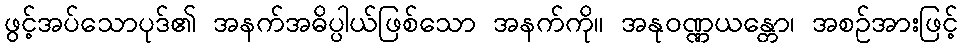
ဖွင့်အပ်သောပုဒ်၏ အနက်အဓိပ္ပါယ်ဖြစ်သော အနက်ကို။ အနုဝဏ္ဏယန္တော၊ အစဉ်အားဖြင့်